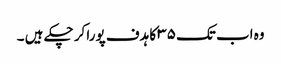
وہ اب تک ۳۵ کا ہدف پورا کر چکے ہیں ۔